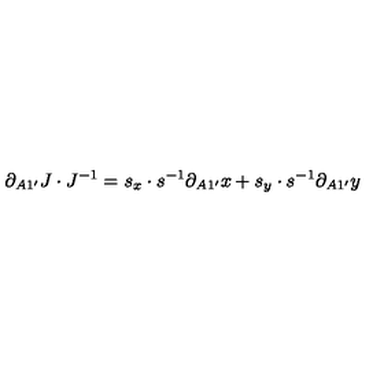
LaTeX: \partial _ { A 1 ^ { \prime } } J \cdot J ^ { - 1 } = s _ { x } \cdot s ^ { - 1 } \partial _ { A 1 ^ { \prime } } x + s _ { y } \cdot s ^ { - 1 } \partial _ { A 1 ^ { \prime } } y